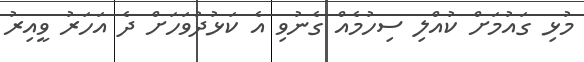
މުޅި ގައުމަށް ކުއްލި ސިހުމެއް ގެނުވި އެ ކަޅުދުވަހަށް ދެ އަހަރު ވީއިރު